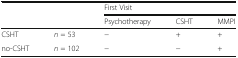
| <ROWSPAN=2-COLSPAN=2>  | <COLSPAN=3> First Visit |
 | Psychotherapy | CSHT | MMPI |
 | --- | --- | --- | --- | --- |
 | CSHT | n = 53 | − | + | + |
 | no-CSHT | n = 102 | − | − | + |